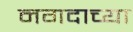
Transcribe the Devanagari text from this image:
नगदाच्या